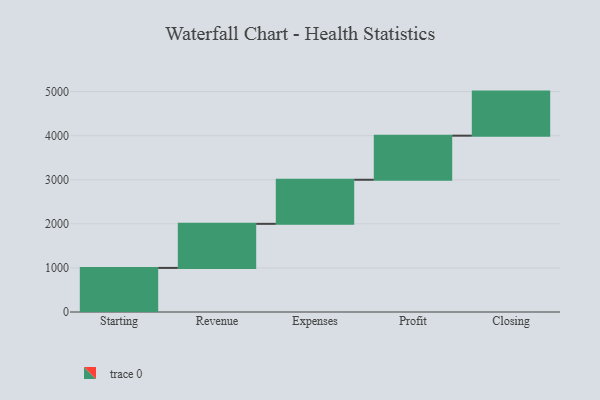
{"axis": {"x": "Step", "y": "Value"}, "legend": [""], "data": [{"x": "Starting", "y": 1000, "type": ""}, {"x": "Revenue", "y": 1000, "type": ""}, {"x": "Expenses", "y": 1000, "type": ""}, {"x": "Profit", "y": 1000, "type": ""}, {"x": "Closing", "y": 1000, "type": ""}]}